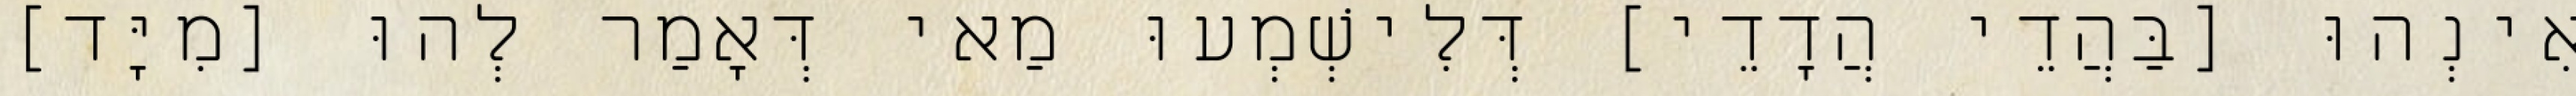
אִינְהוּ [בַּהֲדֵי הֲדָדֵי] דְּלִישְׁמְעוּ מַאי דְּאָמַר לְהוּ [מִיָּד]